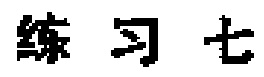
练习七